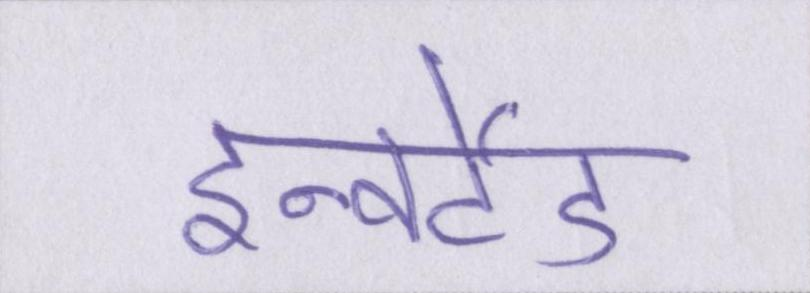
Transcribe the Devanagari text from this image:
इन्वर्टेड